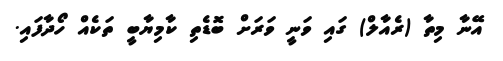
އޭނާ މިތާ (ރެއާލް) ގައި ވަނީ ވަރަށް ބޮޑެތި ކާމިޔާބީ ތަކެއް ހޯދާފައި.